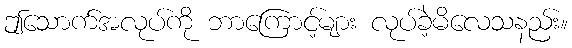
ဤသောက်အလုပ်ကို ဘာကြောင့်များ လုပ်ခဲ့မိလေသနည်း။